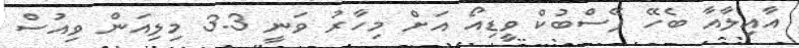
އާއިލާއާ ބެހޭ ފޭސްބުކް ވީޑިއޯ އަށް މިހާރު ވަނީ 3.3 މިލިއަން ވިއުސް